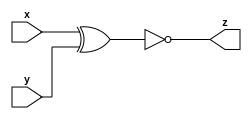
module top_module ( input x, input y, output z );

  assign z = ~(x ^ y); //XNOR gate
    
endmodule